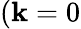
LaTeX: (\mathbf{k}=0